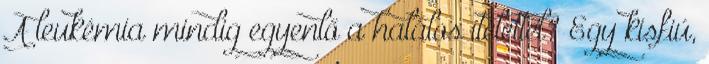
A leukémia mindig egyenlő a halálos ítélettel? Egy kisfiú,